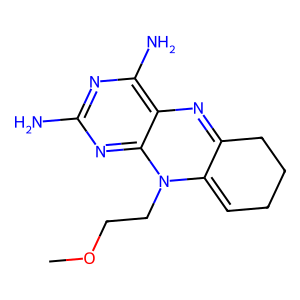
SMILES: COCCN1C2=CCCCC2=Nc2c(N)nc(N)nc21
Inhibits HIV replication: No